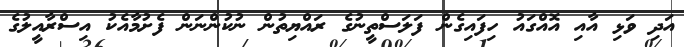
އަދި ވަޅި އާއި އޮއްގައު ހިފައިގެން ފަލަސްތީނުގެ ރައްޔިތުން ނުކުންނަން ފެށުމާއެކު އިސްރާއީލުގެ